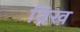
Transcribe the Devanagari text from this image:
व्रिख